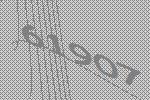
61907